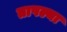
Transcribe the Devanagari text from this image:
तापल्या